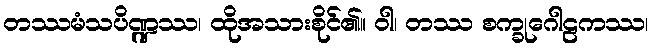
တဿမံသပိဏ္ဍဿ၊ ထိုအသားစိုင်၏။ ဝါ၊ တဿ စက္ခုဂေါဠကဿ၊